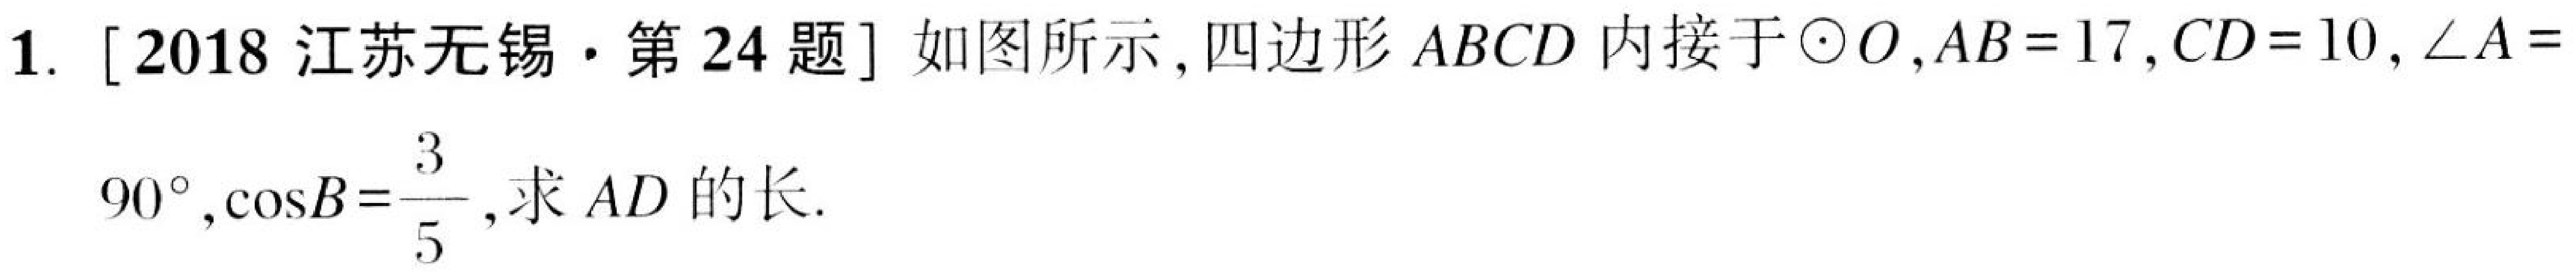
1. [2018江苏无锡·第24题] 如图所示, 四边形$ABCD$内接于$\odot O$,$AB = 17$,$CD = 10$,$\angle A = 90^{\circ},\cos B=\dfrac{3}{5}$, 求$AD$的长.